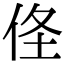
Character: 𠈬